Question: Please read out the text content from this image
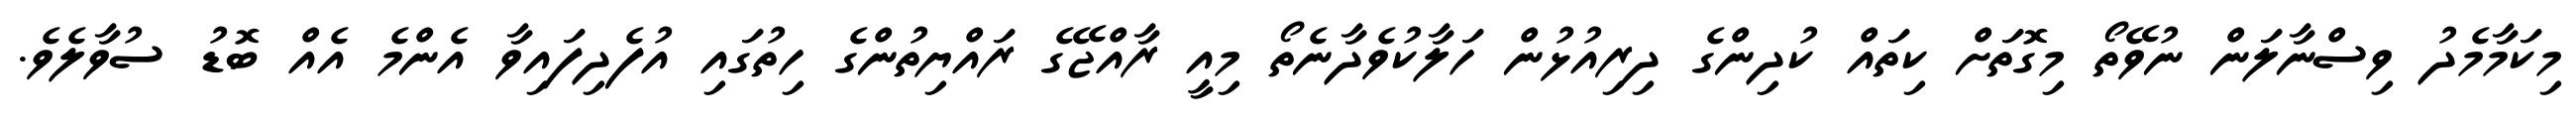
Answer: މިކަމާމެދު ވިސްނާލަން ނުވޭތޯ މިގޮތަށް ކިތައް ކުދިންގެ ދިރިއުޅުން ހަލާކުވެދާނެތޯ މިއީ ރާއްޖޭގެ ރައްޔިތުންގެ ހިތުގައި އުފެދިފައިވާ އެންމެ އެއް ބޮޑު ސުވާލެވެ.